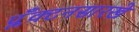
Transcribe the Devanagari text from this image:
प्लँक्टनसारखे